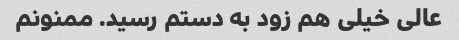
عالی خیلی هم زود به دستم رسید. ممنونم